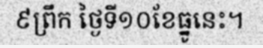
៩ព្រឹក ថ្ងៃទី១០ខែធ្នូនេះ។